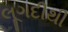
લૂગદીથી